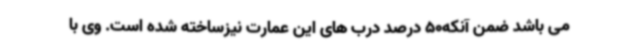
می باشد ضمن آنکه50 درصد درب های این عمارت نیزساخته شده است. وی با